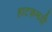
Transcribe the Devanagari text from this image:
हाटकमयी